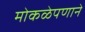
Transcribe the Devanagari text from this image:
मोकळेपणानें